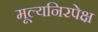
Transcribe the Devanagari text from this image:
मूल्यनिरपेक्ष